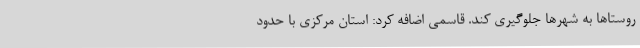
روستاها به شهرها جلوگیری کند. قاسمی اضافه کرد: استان مرکزی با حدود